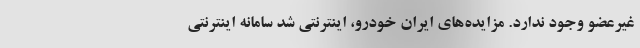
غیرعضو وجود ندارد. مزایده‌های ایران خودرو، اینترنتی شد سامانه اینترنتی